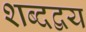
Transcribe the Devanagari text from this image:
शब्दद्वय